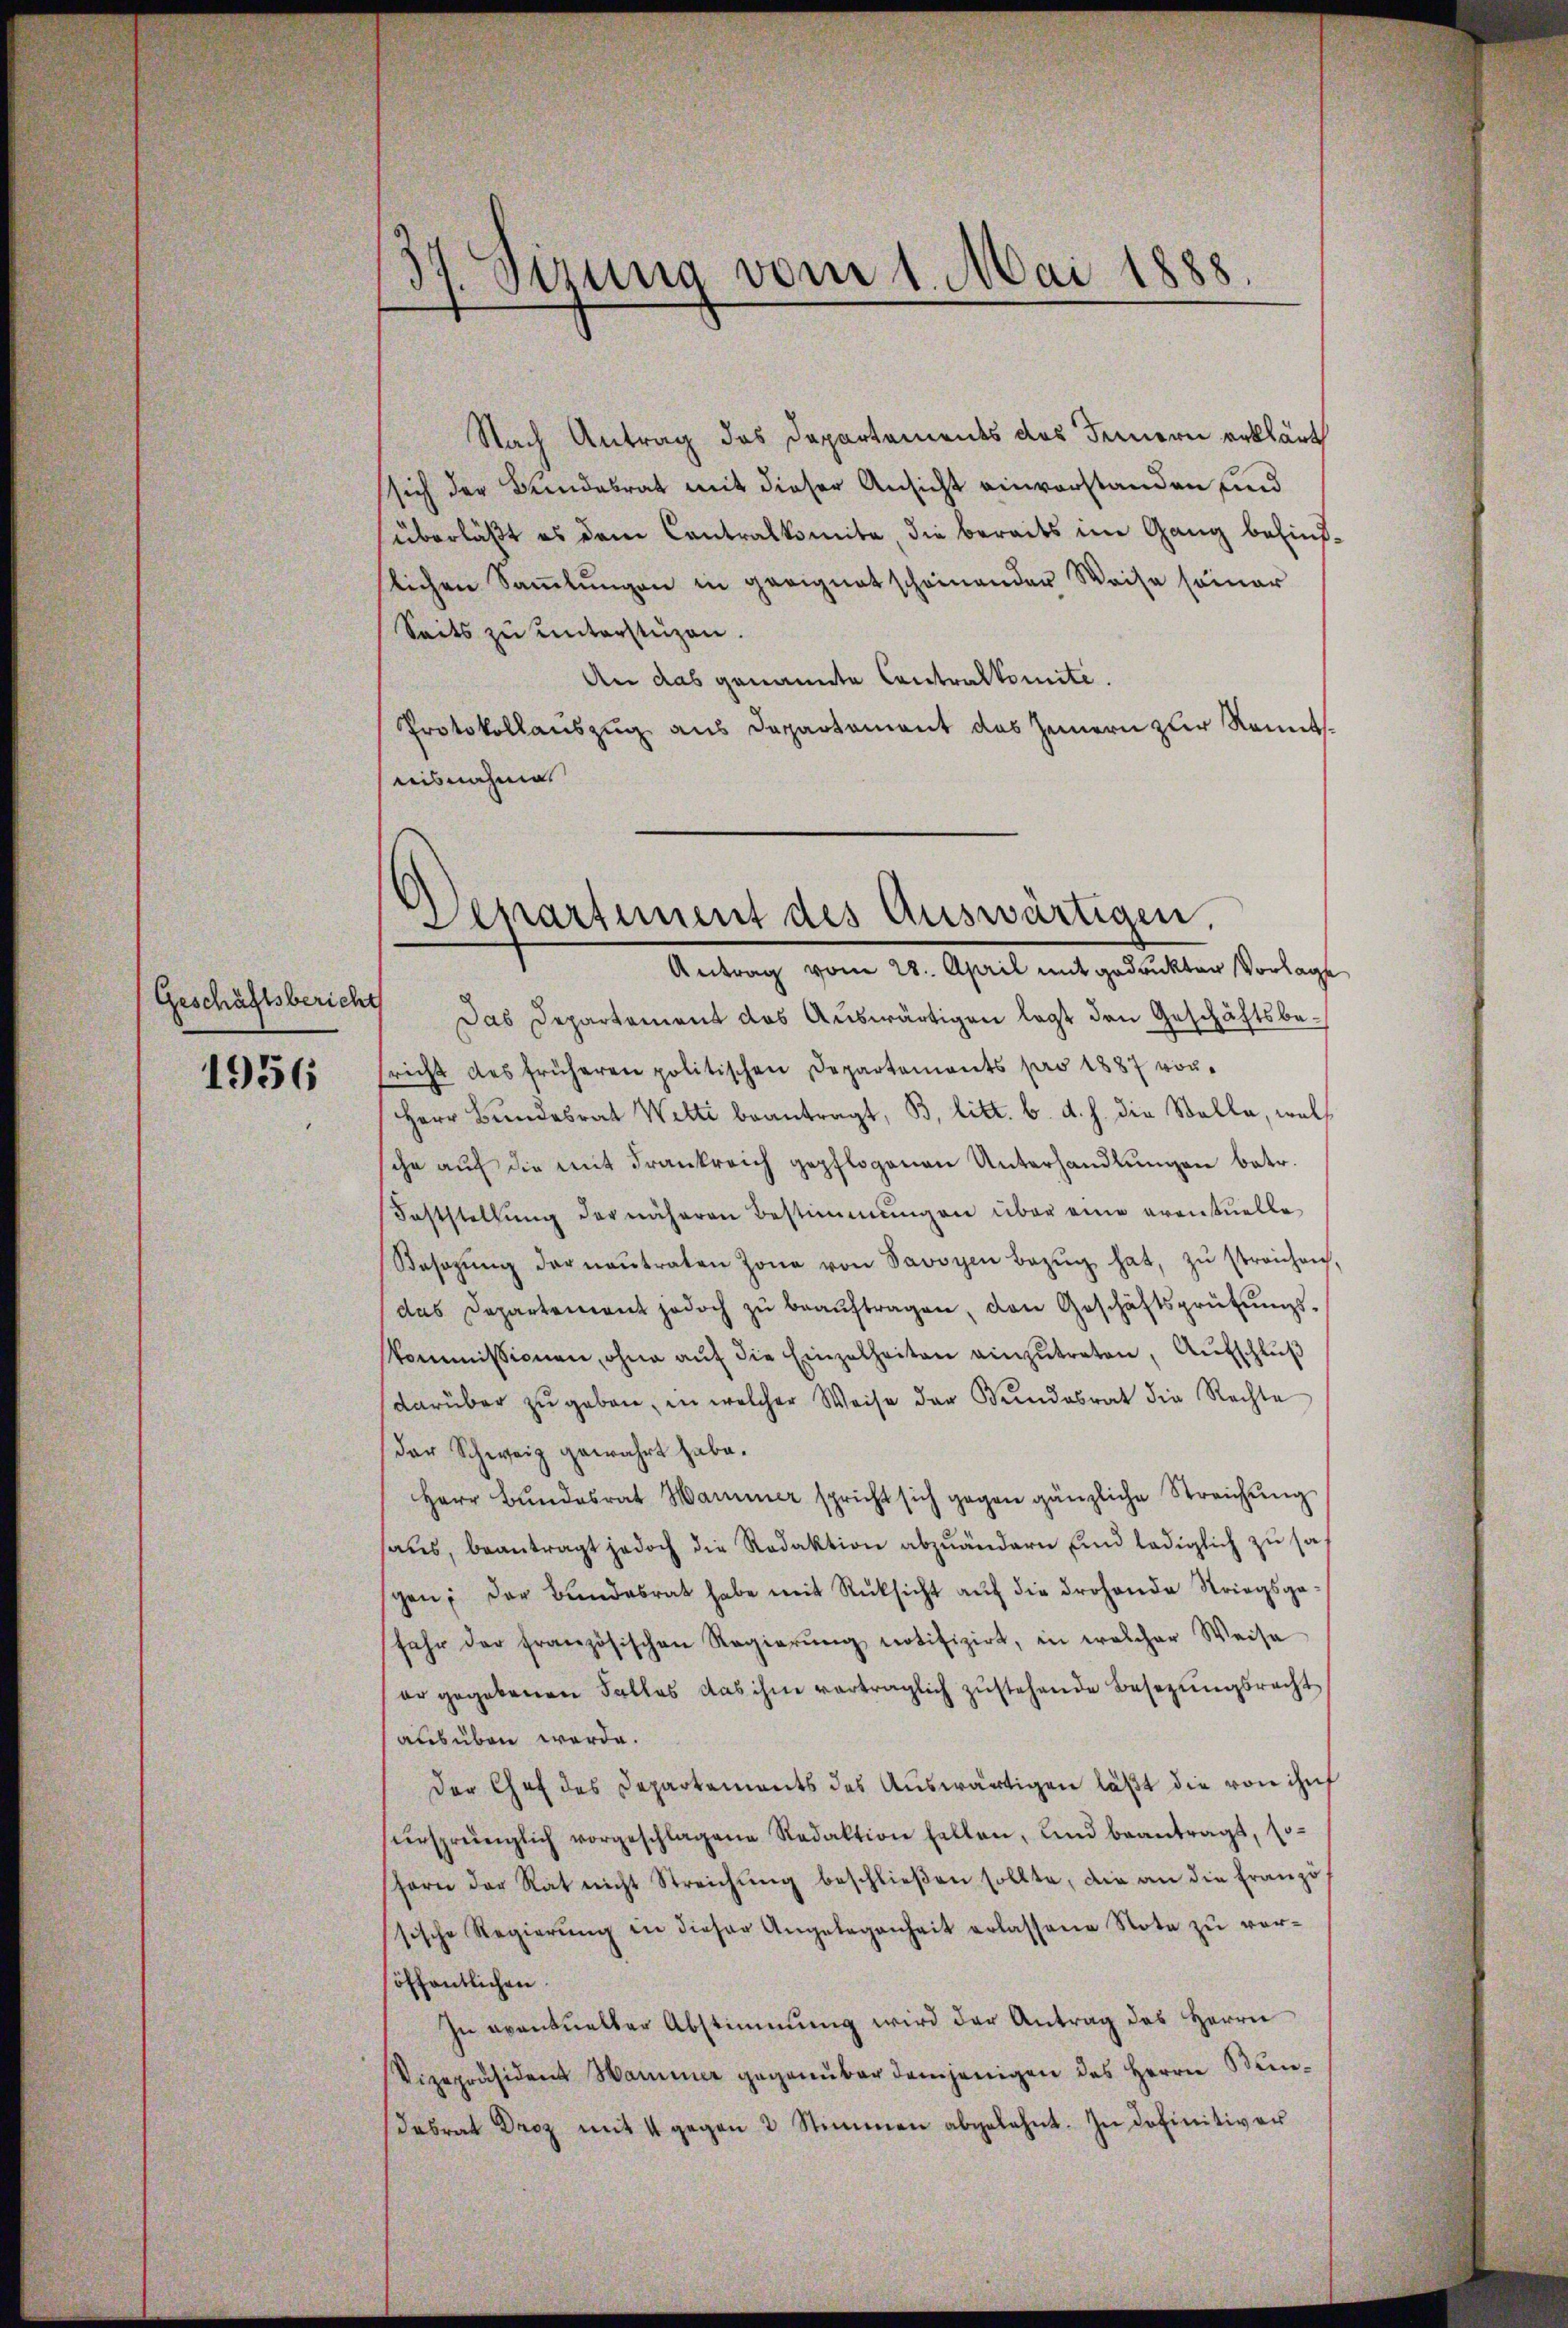
Geschäftsbericht

1956

3
Sizung vom 1. Mai 1888.

Nach Antrag des Departements des Innern erklärt
sich der Bundesrat mit dieser Ansicht einverstanden, und
überläßt es dem Contralkomite, die bereits im Gang befindslichen Sammlungen in geeignet scheinender Weise seiner
Seits zu unterstüzen.
An das genannte Contralkomite.
Protokollauszug aus Departement das Innern zur Kenntnisnahmes

Departement des Auswärtigen,
Antrag vom 28. April mit gedrukten Vorlage

s
Das Departement das Auswärtigen legt den Geschäftsbesricht des früheren politischen Departements pro 1887 vor¬
Herr Bŭndesrat Welti beantragt, B, litt. b. d. h. die Stelle, welsche auf die mit Frankreich gepflogenen Unterhandlungen betr.
Feststellŭng der näheren Bestimmungen über eine eventuelle
Sesozŭng der nantraten Zone von Savoyen Bezŭg hat, zŭ streichen,
das Departement jedoch zŭ beaŭftragen, den Geschäftsprüfŭngs-
kommissionen, ohne aŭf die Einzelheiten einzŭtreten, Aufschluß
darüber zu geben, in welcher Weise der Bundesrat die Rechte
der Schweiz gewahrt habe.
Herr Bŭndesrat Hammer spricht sich gegen gänzliche Streichŭng
saŭs, beantragt jedoch die Redaktion abzuändern und lediglich zŭ sa-
gen; der Bŭndesrat habe mit Rücksicht aŭf die drohende Striegsgefahr der französischen Regierŭng notifizirt, in welcher Weise
er gegebenen Falles das ihm vorträglich zustehende Besezungsrecht
ausüben werde.
Der Chef des Departements des Auswärtigen läßt die von ihr
fürsprünglich vorgeschlagene Redaktion fallen, und beantragt, so-
fern der Rat nicht Streichŭng beschlieβen sollte, die an die Franzö
sische Regierŭng in dieser Angelegenheit erlassene Note zŭ ver-
öffentlichen.
In avantueller Abstimmung wird der Antrag des Herrn
Vizepräsident Hammer gegenüber demjenigen des Herrn Kandabrat Droz mit 4 gegen 2 Stimmen abgelehnt. In definitiver